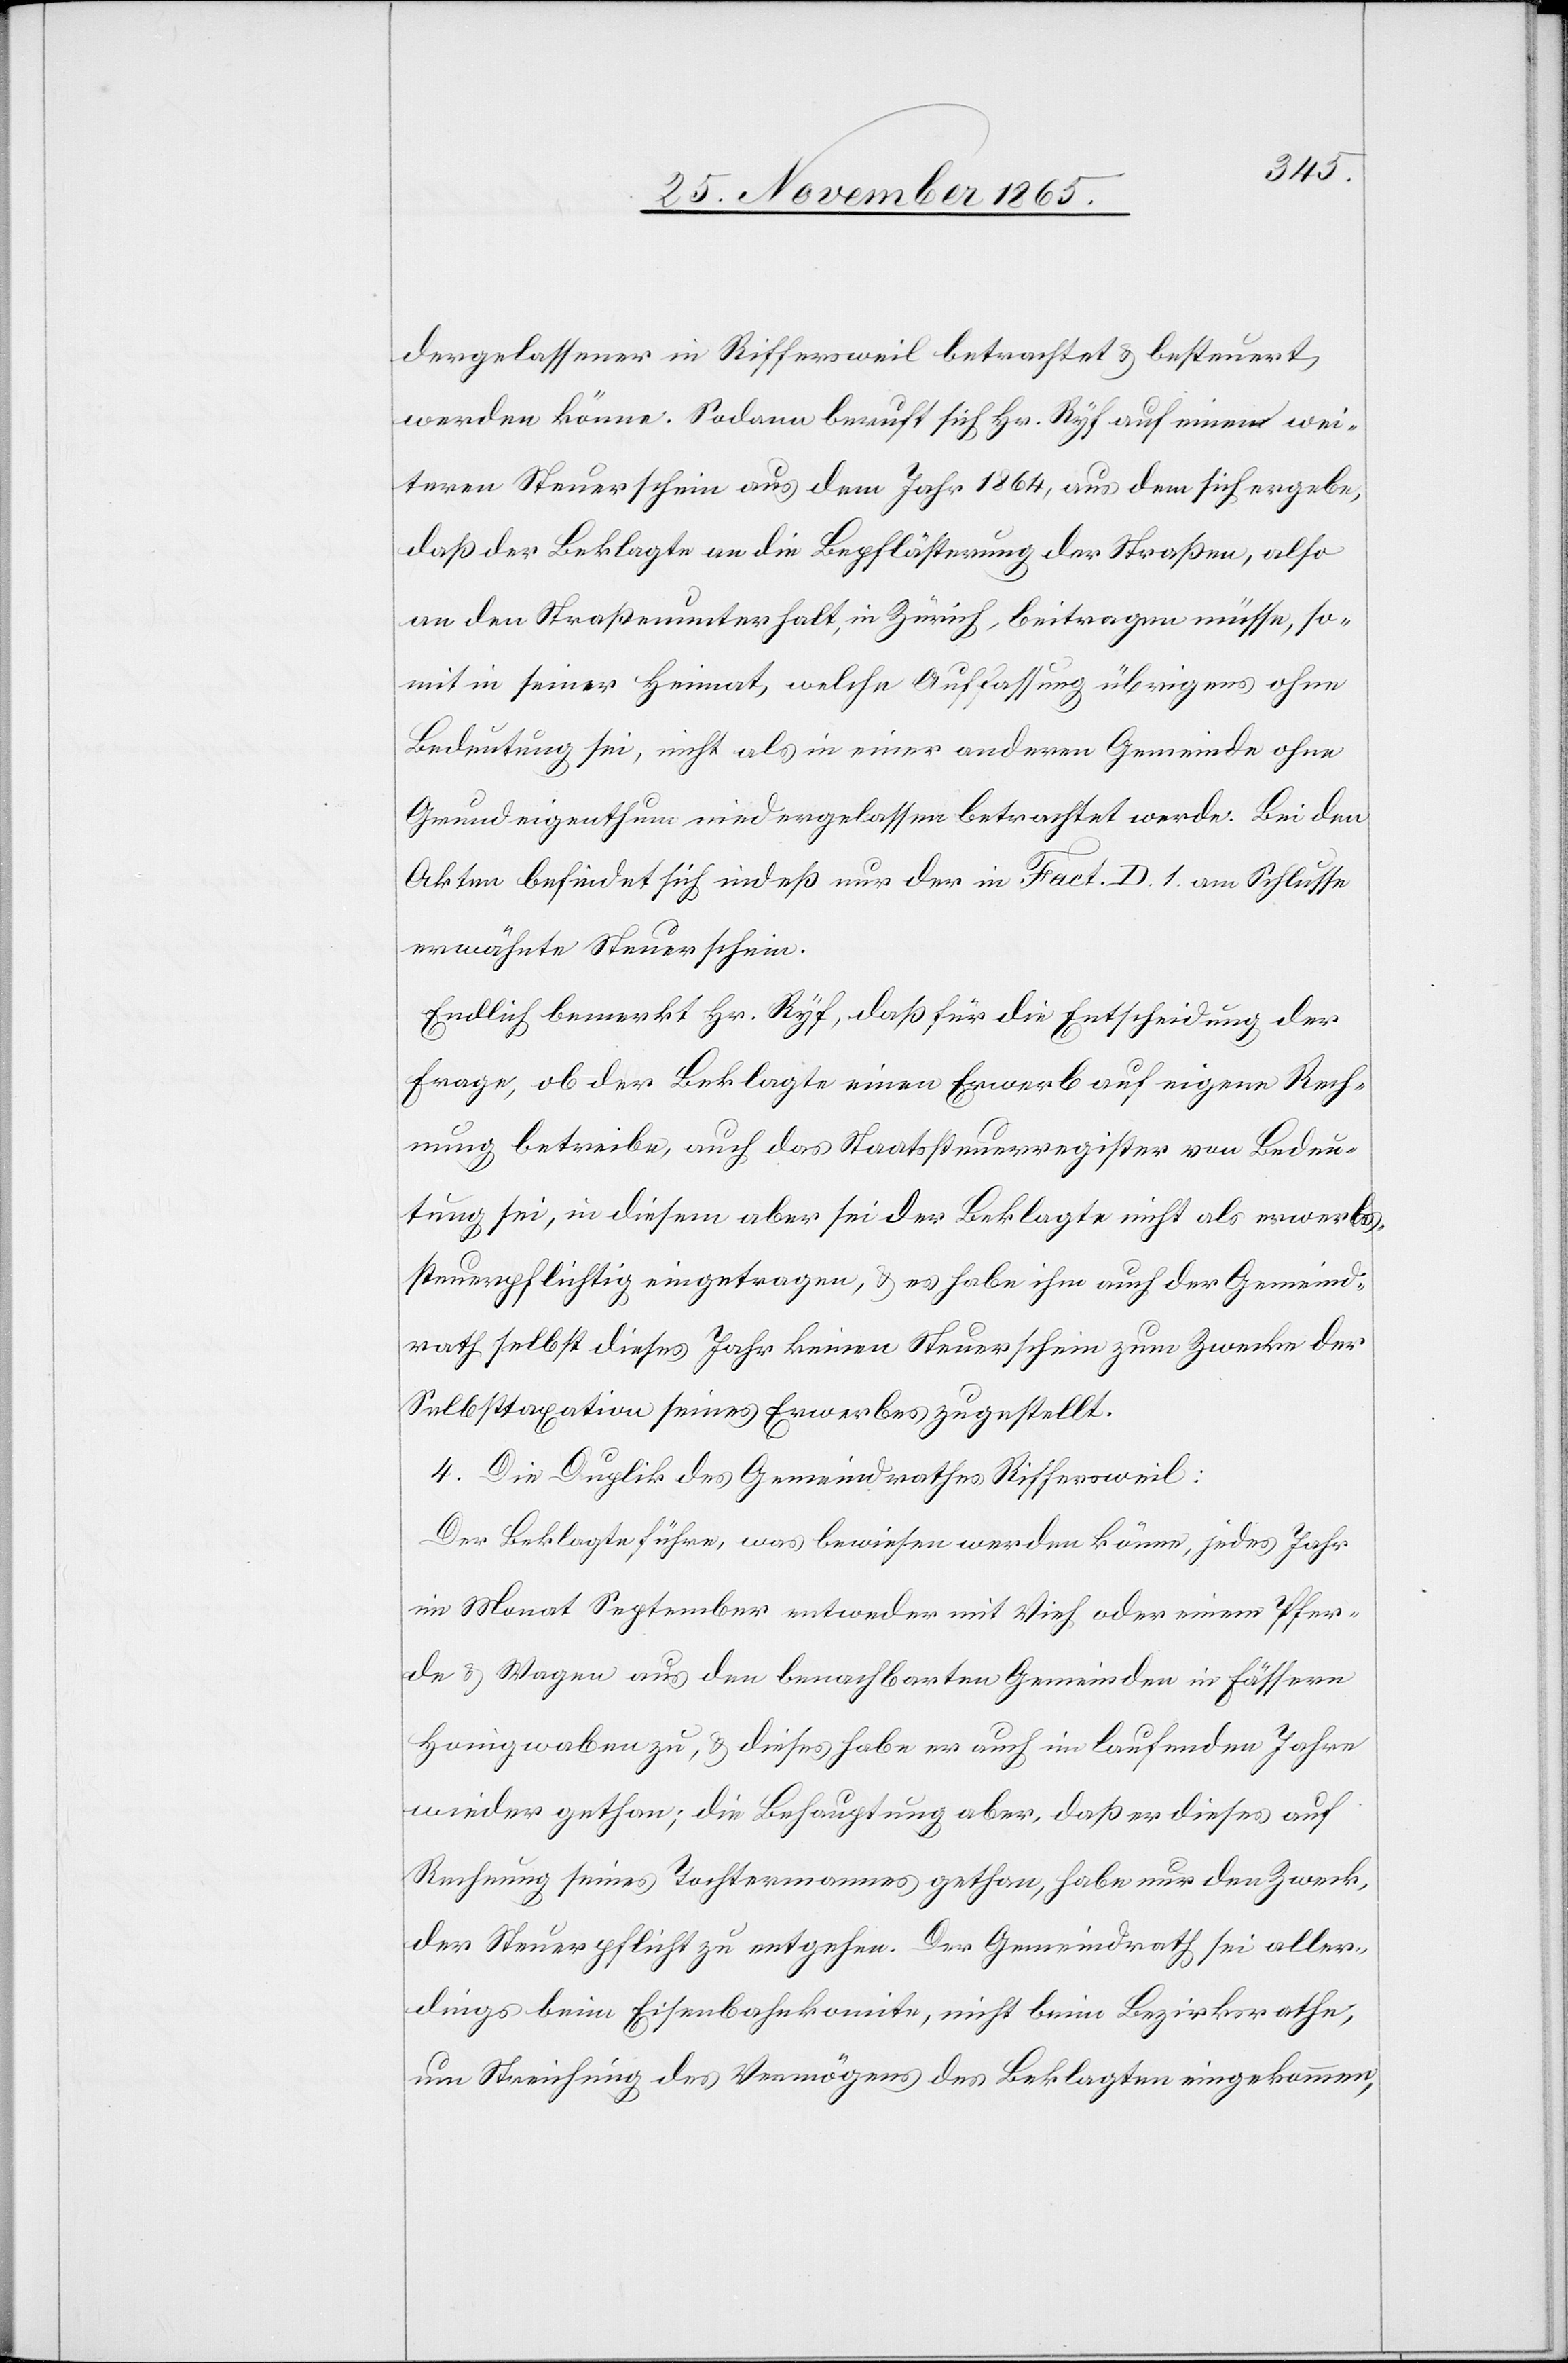
dergelassener in Riffersweil betrachtet & besteuert
werden könne. Sodann beruft sich Hr. Ryf auf einen wei¬
tern Steuerschein aus dem Jahr 1864, aus dem sich ergebe,
daß der Beklagte an die Bepflästerung der Straßen, also
an den Straßenunterhalt, in Zürich, beitragen müsse, so¬
mit in seiner Heimat, welche Auffassung übrigens ohne
Bedeutung sei, nicht als in einer andern Gemeinde ohne
Grundeigenthum niedergelassen betrachtet werde. Bei den
Akten befindet sich indeß nur der in Fact. D. 1. am Schlusse
erwähnte Steuerschein.
Endlich bemerkt Hr. Ryf, daß für die Entscheidung der
Frage, ob der Beklagte einen Erwerb auf eigene Rech¬
nung betreibe, auch das Staatssteuerregister von Bedeu¬
tung sei, in diesem aber sei der Beklagte nicht als erwerbs¬
steuerpflichtig eingetragen, & es habe ihm auch der Gemeind¬
rath selbst dieses Jahr keinen Steuerschein zum Zwecke der
Selbsttaxation seines Erwerbes zugestellt.
4. Die Duplik des Gemeindrathes Riffersweil:
Der Beklagte führe, was bewiesen werden könne, jedes Jahr
im Monat September entweder mit Vieh oder einem Pfer¬
de & Wagen aus den benachbarten Gemeinden in Fässern
Honigwaben zu, & dieses habe er auch im laufenden Jahre
wieder gethan; die Behauptung aber, daß er dieses auf
Rechnung seines Tochtermannes gethan, habe nur den Zweck,
der Steuerpflicht zu entgehen. Der Gemeindrath sei aller¬
dings beim Eisenbahnkomite, nicht beim Bezirksrathe,
um Streichung des Vermögens des Beklagten eingekommen,